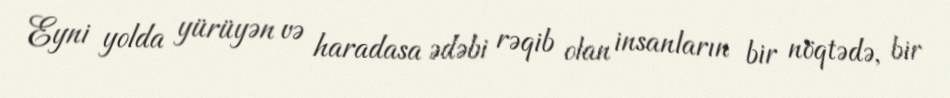
Eyni yolda yürüyən və haradasa ədəbi rəqib olan insanların bir nöqtədə, bir